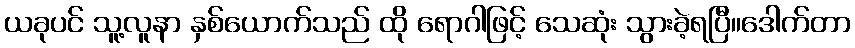
ယခုပင် သူ့လူနာ နှစ်ယောက်သည် ထို ရောဂါဖြင့် သေဆုံး သွားခဲ့ရပြီ။ဒေါက်တာ